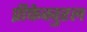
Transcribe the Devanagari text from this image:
प्रीफेक्चुरल